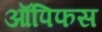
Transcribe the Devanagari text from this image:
ऑपिफस